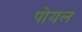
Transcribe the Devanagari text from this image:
पोयल